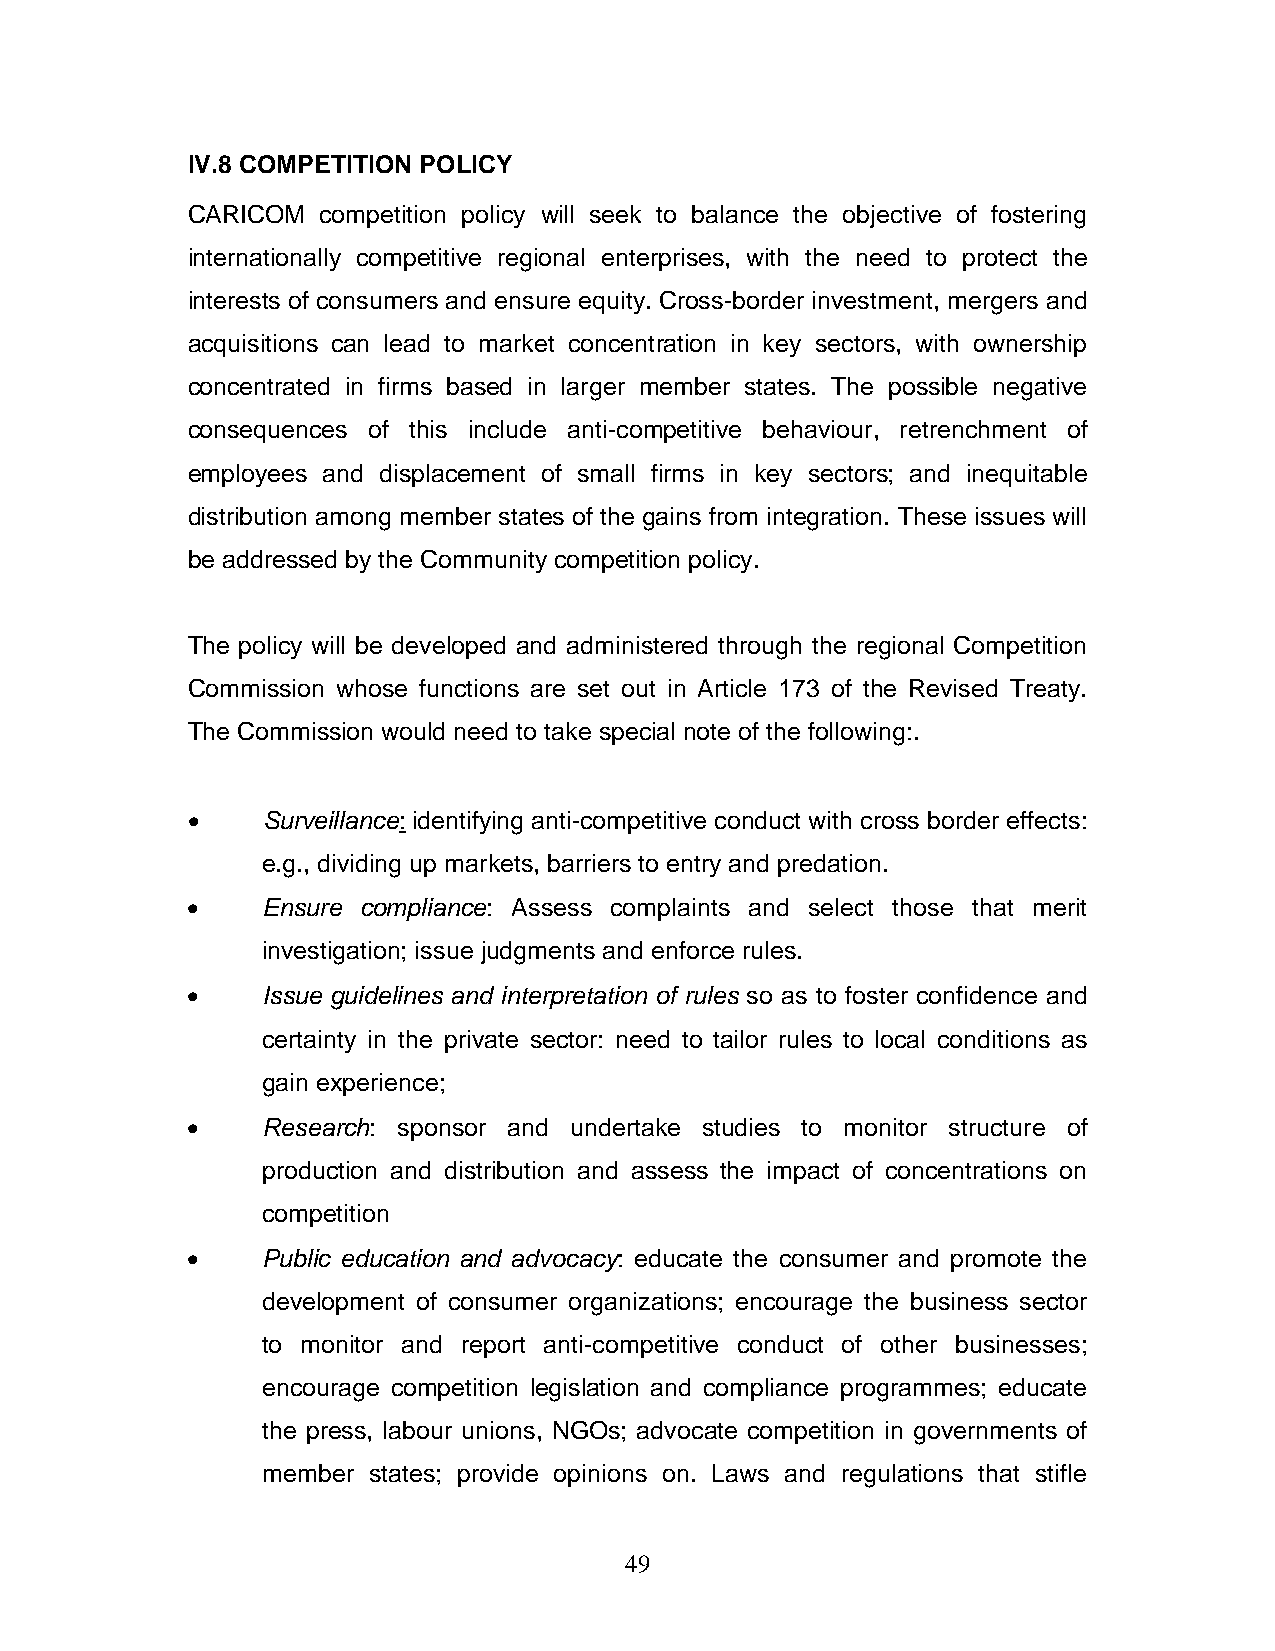
IV.8 COMPETITION POLICY
 CARICOM  competition policy will seek to balance the objective of fostering
 internationally competitive regional enterprises, with the need to protect the
 interests of consumers and ensure equity. Cross-border investment, mergers and
 acquisitions can lead to market concentration in key sectors, with ownership
 concentrated in firms based in larger member states. The possible negative
 consequences of this include anti-competitive behaviour, retrenchment of
 employees and displacement of small firms in key sectors; and inequitable
 distribution among member states of the gains from integration. These issues will
 be addressed by the Community competition policy.
 The policy will be developed and administered through the regional Competition
 Commission whose functions are set out in Article 173 of the Revised Treaty.
 The Commission would need to take special note of the following:.
 •    Surveillance: identifying anti-competitive conduct with cross border effects:
 e.g., dividing up markets, barriers to entry and predation.
 •    Ensure compliance: Assess complaints and select those that merit
 investigation; issue judgments and enforce rules.
 •    Issue guidelines and interpretation of rules so as to foster confidence and
 certainty in the private sector: need to tailor rules to local conditions as
 gain experience;
 •    Research: sponsor and undertake studies to monitor structure of
 production and distribution and assess the impact of concentrations on
 competition
 •    Public education and advocacy: educate the consumer and promote the
 development of consumer organizations; encourage the business sector
 to monitor and report anti-competitive conduct of other businesses;
 encourage competition legislation and compliance programmes; educate
 the press, labour unions, NGOs; advocate competition in governments of
 member states; provide opinions on. Laws and regulations that stifle
 49